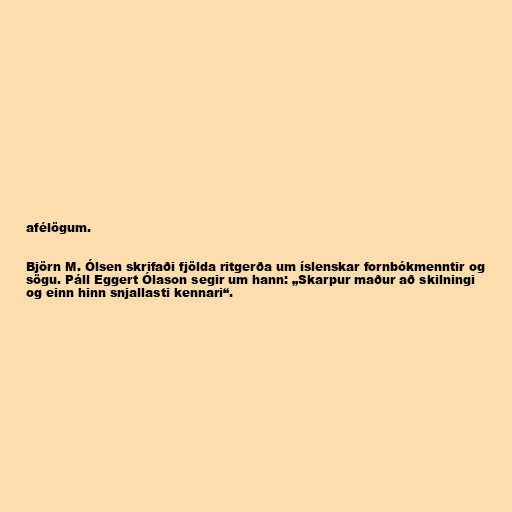
afélögum.

Björn M. Ólsen skrifaði fjölda ritgerða um íslenskar fornbókmenntir og
sögu. Páll Eggert Ólason segir um hann: „Skarpur maður að skilningi
og einn hinn snjallasti kennari“.